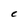
Character: C